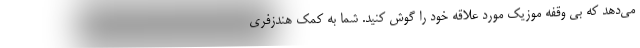
می‌دهد که بی وقفه موزیک مورد علاقه خود را گوش کنید. شما به کمک هندزفری